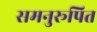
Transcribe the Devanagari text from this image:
समनुरूपित